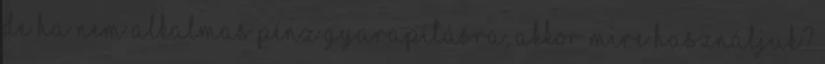
De ha nem alkalmas pénz gyarapításra, akkor mire használjuk?